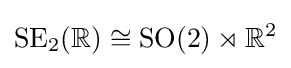
{\text{SE}}_{2}(\mathbb {R} )\cong {\text{SO}}(2)\rtimes \mathbb {R} ^{2}